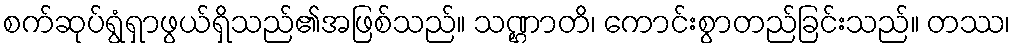
စက်ဆုပ်ရွံရှာဖွယ်ရှိသည်၏အဖြစ်သည်။ သဏ္ဌာတိ၊ ကောင်းစွာတည်ခြင်းသည်။ တဿ၊